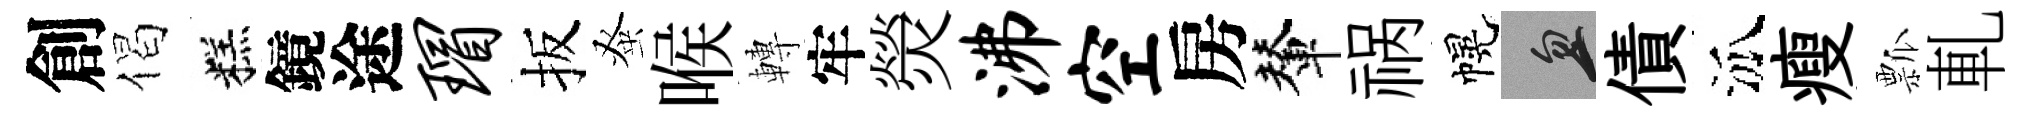
創偈糕鏡途瑁扳𫊫喉轉牢熒沸空房輦祸幌忽債泒瘦瓢軋